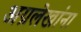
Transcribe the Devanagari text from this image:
अग्रलेखांना